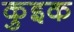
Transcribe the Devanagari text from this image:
कुइक